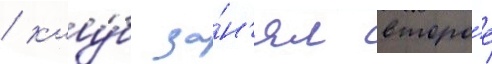
/ клу́б за́н'ял второ́е